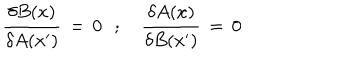
LaTeX: { \frac { \delta B ( x ) } { \delta A ( x ^ { \prime } ) } } \, = \, 0 \, \, \, \, ; \, \, \, \, \, \, { \frac { \delta A ( x ) } { \delta B ( x ^ { \prime } ) } } \, = \, 0